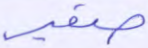
صفير